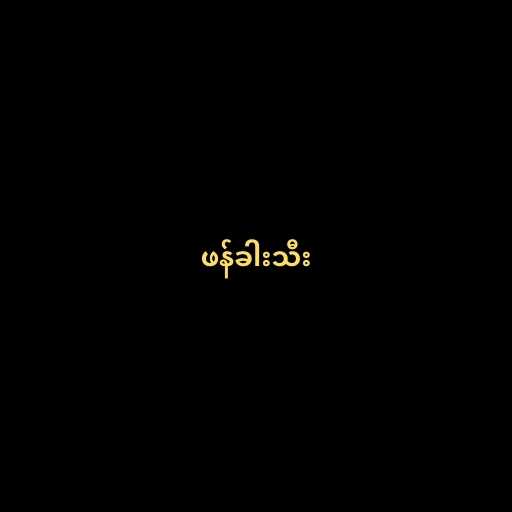
ဖန်ခါးသီး